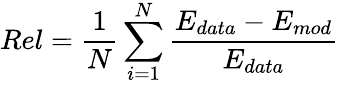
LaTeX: Rel=\frac{1}{N}\sum_{i=1}^{N}\frac{E_{data}-E_{mod}}{E_{data}}